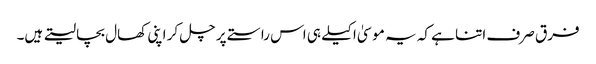
فرق صرف اتنا ہے کہ یہ موسیٰ اکیلے ہی اس راستے پر چل کر اپنی کھال بچا لیتے ہیں۔